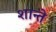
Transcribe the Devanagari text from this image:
शान्ते